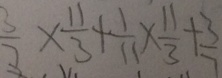
\frac { 3 } { 7 } \times \frac { 1 1 } { 3 } + \frac { 1 } { 1 1 } \times \frac { 1 1 } { 3 } + \frac { 3 } { 7 }